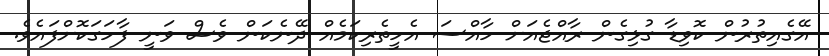
އޭގެއިތުރުން ކޮވިޑާ ގުޅިގެން ރާއްޖެއަށް ހާއްސަ އެހީތެރިކަމެއް ދޭނެކަން ވެސް ވަނީ ފާހަގަކޮށްފައެވެ.